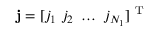
\mathbf { j } = [ j _ { 1 } ~ j _ { 2 } ~ \ldots ~ j _ { N _ { 1 } } ] ^ { \mathrm { ~ T ~ } }